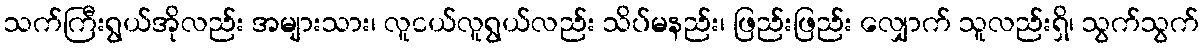
သက်ကြီးရွယ်အိုလည်း အများသား၊ လူငယ်လူရွယ်လည်း သိပ်မနည်း၊ ဖြည်းဖြည်း လျှောက် သူလည်းရှိ၊ သွက်သွက်